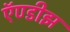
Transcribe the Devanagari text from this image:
ऍण्डीझ